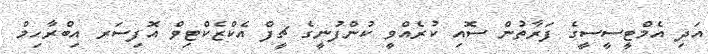
އަދި އެމްޓީސީސީގެ ފަރާތުން ސޮއި ކުރެއްވީ ކުންފުނީގެ ޗީފް އެކްޒެކްޓިވް އޮފިސަރ އިބްރާހިމް